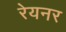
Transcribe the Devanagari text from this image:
रेयनर